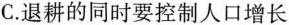
C.退耕的同时要控制人口增长